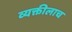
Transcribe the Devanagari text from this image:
व्यक्तीलाच